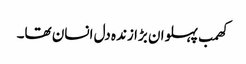
کھمب پہلوان بڑا زندہ دل انسان تھا۔